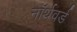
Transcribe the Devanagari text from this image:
नॉर्थवर्ड